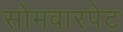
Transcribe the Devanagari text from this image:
सोमवारपेट